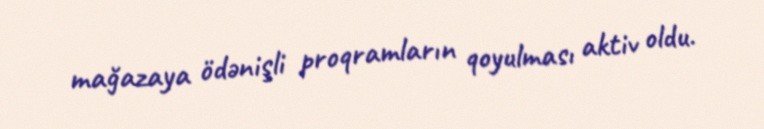
mağazaya ödənişli proqramların qoyulması aktiv oldu.